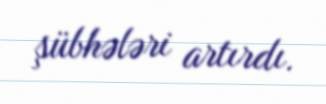
şübhələri artırdı.